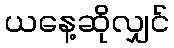
ယနေ့ဆိုလျှင်